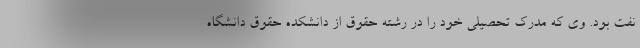
نفت بود. وی که مدرک تحصیلی خود را در رشته حقوق از دانشکده حقوق دانشگاه